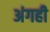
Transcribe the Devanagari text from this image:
अंगही